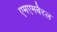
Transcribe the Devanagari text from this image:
एमएमबैरल